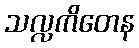
သလ္လကိတေန